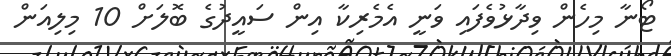
ޓޯނާ މިހެން ވިދާޅުވެފައި ވަނީ އެމެރިކާ އިން ސައީދުގެ ބޮލަށް 10 މިލިއަން